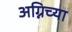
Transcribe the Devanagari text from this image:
अग्निच्या